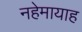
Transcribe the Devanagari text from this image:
नहेमायाह